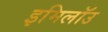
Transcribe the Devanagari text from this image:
इमिलॉउ